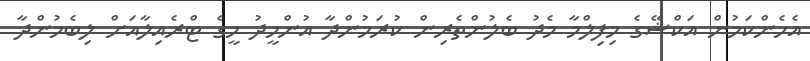
އެހެންކަމުން އަކްޝޭގެ މިފިލްމާ މެދު ބެލުންތެރިން ކުރަމުންދާ އުންމީދު މީގެ ޓްރެއިލާއަށް ލިބެމުންދާ